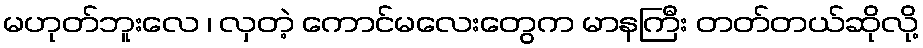
မဟုတ်ဘူးလေ ၊ လှတဲ့ ကောင်မလေးတွေက မာနကြီး တတ်တယ်ဆိုလို့